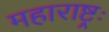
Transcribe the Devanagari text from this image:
महाराष्ट्रः